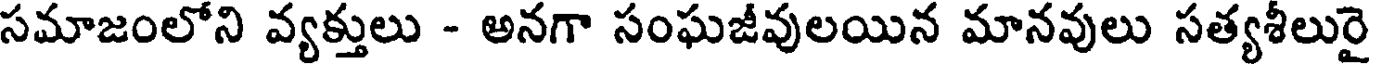
సమాజంలోని వ్యక్తులు - అనగా సంఘజీవులయిన మానవులు సత్యశీలురై